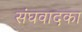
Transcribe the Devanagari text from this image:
संघवादका